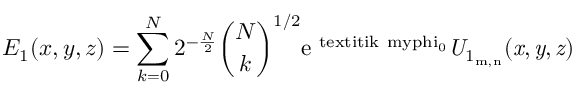
E _ { 1 } ( x , y , z ) = \sum _ { k = 0 } ^ { N } 2 ^ { - \frac { N } { 2 } } { \binom { N } { k } } ^ { 1 / 2 } \mathrm { { e } ^ { \ t e x t i t { i k } \ m y p h i _ { \mathrm { { 0 } } } } \it { U _ { \mathrm { { 1 } _ { m , n } } } ( x , y , z ) } }